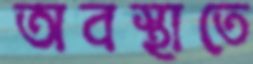
অবস্থাতে